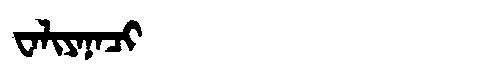
Manchu: ᠸᠠᠯᡳᠶᠠᠨᠠᠴᡳ
Romanization: WALIYANACI